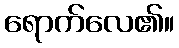
ရောက်လေ၏။